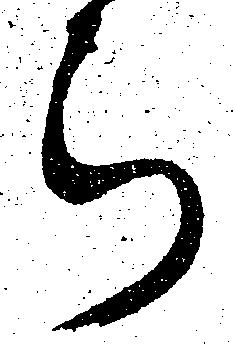
ら